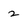
Character: 2